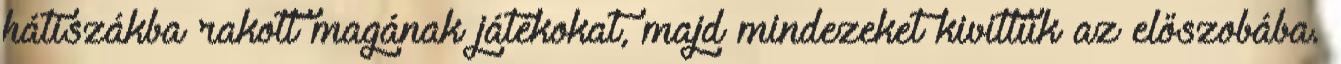
hátiszákba rakott magának játékokat, majd mindezeket kivittük az előszobába.